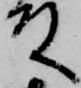
殿